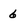
Character: 6